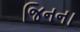
જિનના